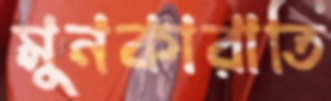
মুনকারাতি